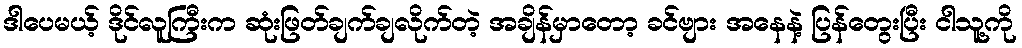
ဒါပေမယ့် ဒိုင်လူကြီးက ဆုံးဖြတ်ချက်ချလိုက်တဲ့ အချိန်မှာတော့ ခင်ဗျား အနေနဲ့ ပြန်တွေးပြီး ငါသူ့ကို